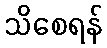
သိစေရန်